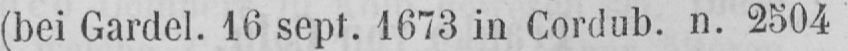
(bei Gardel. 16 sept. 1673 in Cordub. n. 2504